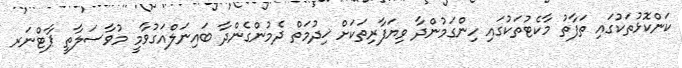
ކަންކޮޅުތަކުގައި ތަފާތު މާކެޓުތަކުގައި ހިންގަމުންދާ ވިޔަފާރިތަކަށް ޚިދުމަތް ދެމުންގެންދާ ބައިނަލްއަގުވާމީ މުވާސަލާތީ ޕާޓްނަރ